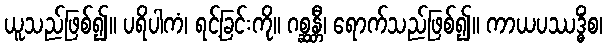
ယူသည်ဖြစ်၍။ ပရိပါကံ၊ ရင့်ခြင်းကို။ ဂစ္ဆန္တီ၊ ရောက်သည်ဖြစ်၍။ ကာယပဿဒ္ဓိံစ၊